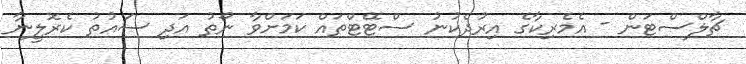
ޗާލްސްޓަން - އެމެރިކާގެ އިރުދެކުނު ސްޓޭޓްތައް ކަމަށްވާ ނޯތު އަދި ސައުތު ކެރޮލީނާ